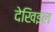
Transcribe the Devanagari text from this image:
देखिइल